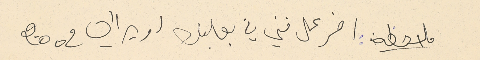
ملاحظه : : اخر عمل فني في بعلبك اوبرالي 2002